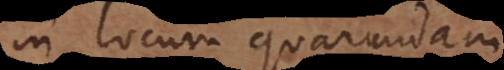
in locum quarundam